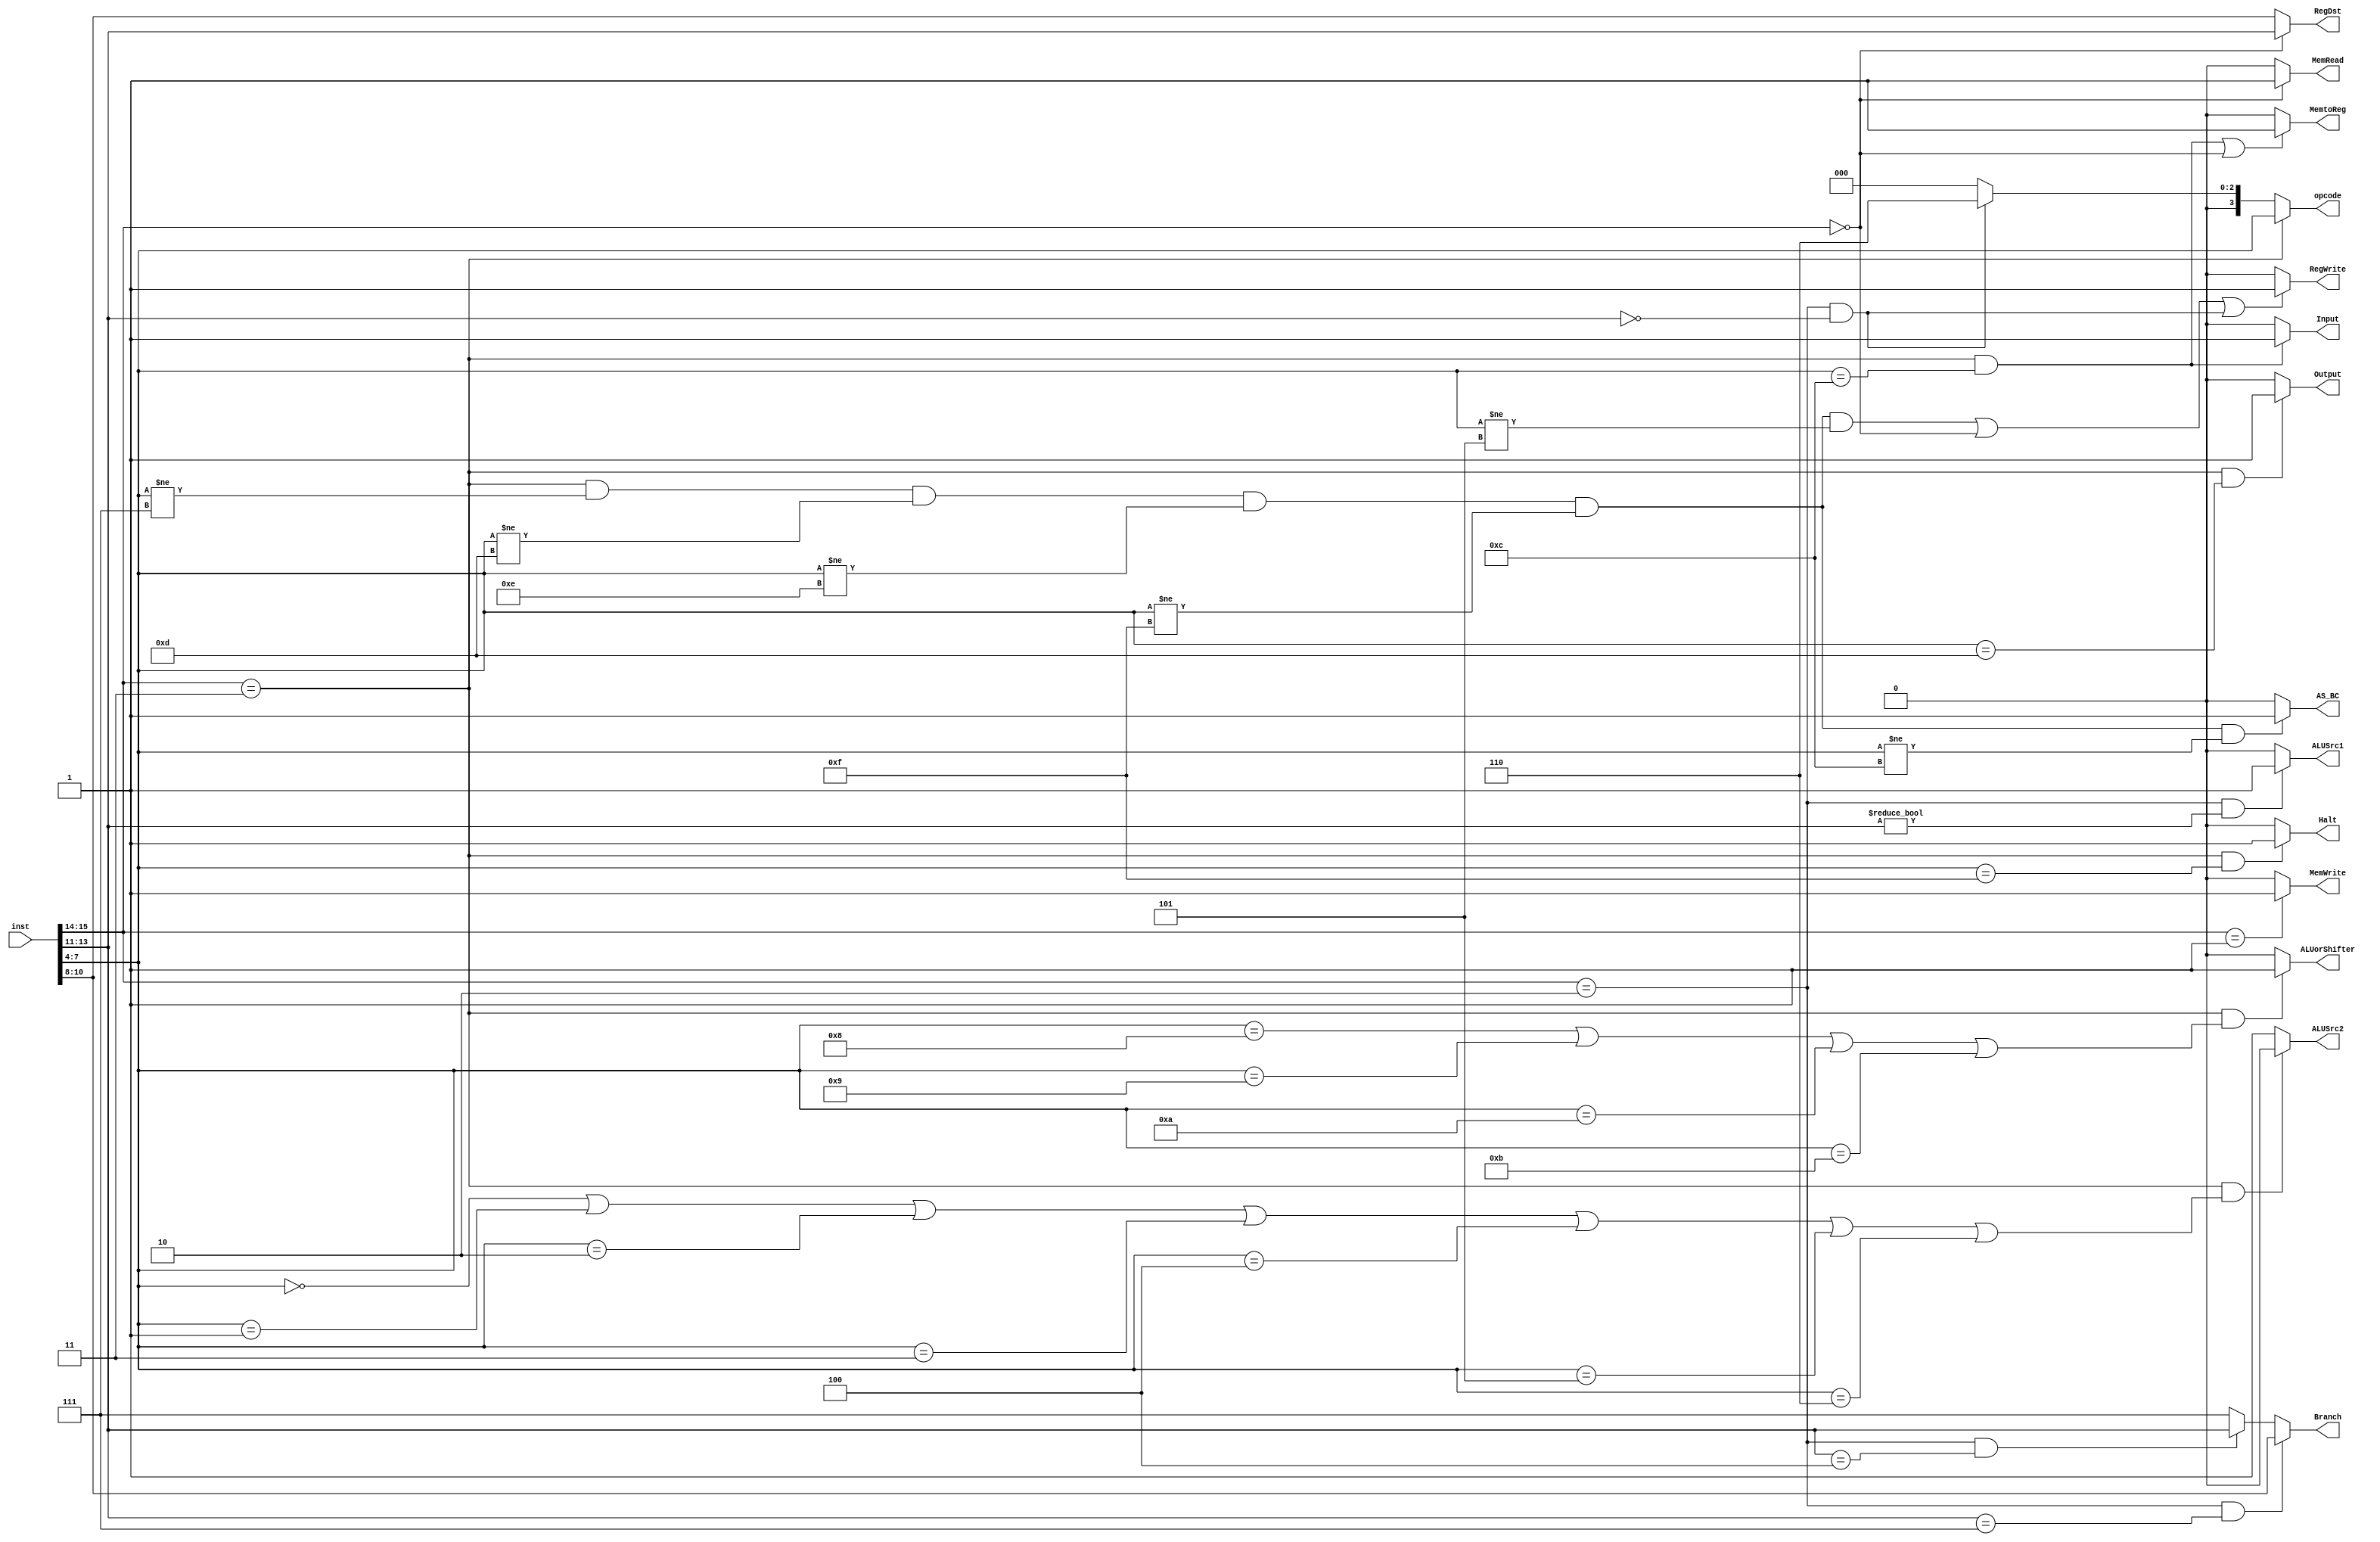
module ctl(
	input [15:0] inst,
	output  MemRead,MemWrite,RegWrite,ALUSrc1,ALUSrc2,MemtoReg,Output,Input,ALUorShifter,Halt,AS_BC,
	output  [3:0] opcode,
	output  [2:0] RegDst,
	output  [2:0] Branch);
	wire [1:0] twobit;
	wire [3:0] opcode_wire;
	wire [15:0] inst_wire;
	wire [2:0] brch_wire;
	assign inst_wire = inst;
	assign twobit = inst[15:14];
	assign opcode_wire = inst[7:4];
	assign brch_wire = inst[13:11];
	
	
	assign RegWrite = (( twobit == 2'b11 && opcode_wire != 4'b0111 && opcode_wire != 4'b1101 && opcode_wire != 4'b1110 && opcode_wire != 4'b1111 && opcode_wire != 4'b0101) || (twobit == 2'b00 ) || (twobit == 2'b10 && brch_wire == 3'b000)) ? 1'b1:
							1'b0;
	assign MemWrite = (twobit == 2'b01 ) ? 1'b1:
							1'b0;
	assign MemRead = (twobit == 2'b00 )? 1'b1:
							1'b0;
	assign MemtoReg = ((twobit == 2'b11 && opcode_wire == 4'b1100) || (twobit == 2'b00)) ? 1'b1:
							1'b0;
	assign ALUSrc1 =  ( twobit == 2'b10 && brch_wire != 3'b000) ?1'b1:
							1'b0;
	assign ALUSrc2 = (twobit ==2'b11 && (opcode_wire == 4'b0000 ||opcode_wire == 4'b0001 ||opcode_wire == 4'b0010 ||opcode_wire == 4'b0011 ||opcode_wire == 4'b0100 ||opcode_wire == 4'b0101 ||opcode_wire == 4'b0110)) ? 1'b0:
							1'b1;
	assign Output = (twobit == 2'b11 && opcode_wire == 4'b1101) ? 1'b1:
						  1'b0;
	assign Input = (twobit == 2'b11 && opcode_wire == 4'b1100) ? 1'b1:
						1'b0;
	assign opcode = ( twobit == 2'b11 ) ? opcode_wire:
						 (twobit == 2'b10 && brch_wire == 3'b000)? 4'b0110:
						 4'b0000;
	assign Branch = (twobit == 2'b10 && brch_wire == 3'b111) ? inst[10:8]:
					  (twobit == 2'b10 && brch_wire == 3'b100) ? brch_wire:
					  3'b111;
	assign RegDst = (twobit == 2'b00 ) ? inst[13:11]:
						 inst[10:8];
	assign ALUorShifter = (twobit ==2'b11 && (opcode_wire == 4'b1000 ||opcode_wire == 4'b1001 ||opcode_wire == 4'b1010 ||opcode_wire == 4'b1011 )) ? 1'b1:
								 1'b0;
	assign Halt = (twobit == 2'b11 && opcode_wire == 4'b1111) ? 1'b1:
						1'b0;
	assign AS_BC = (twobit == 2'b11  && opcode_wire != 4'b0111 && opcode_wire != 4'b1101 && opcode_wire != 4'b1110 && opcode_wire != 4'b1111 && opcode_wire != 4'b1100) ? 1'b1:
						1'b0;
endmodule